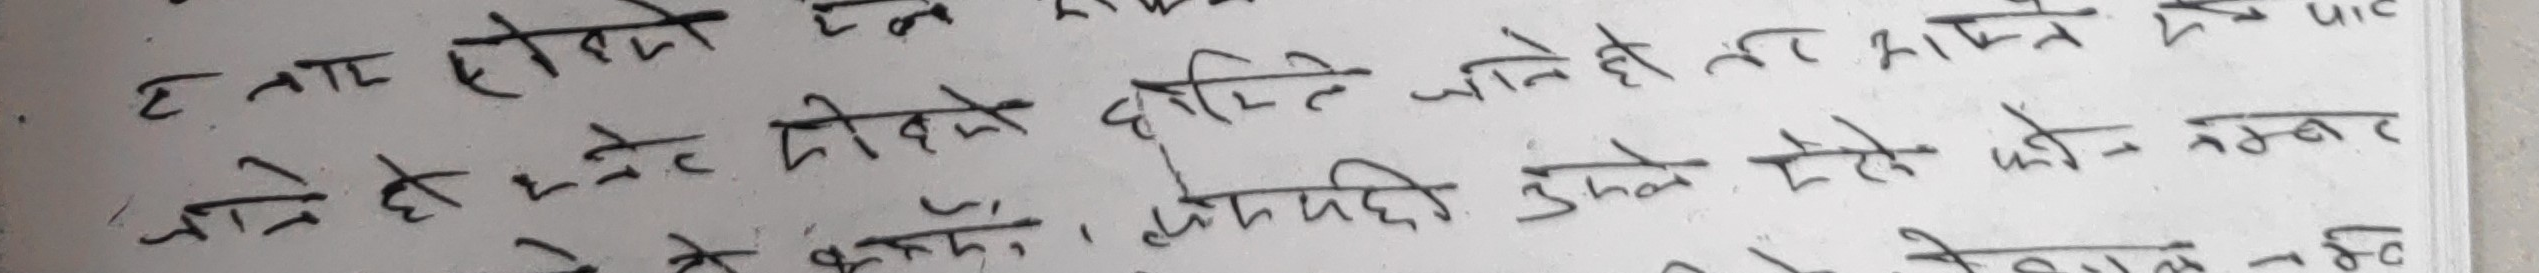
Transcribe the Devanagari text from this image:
ह नार हो भो हे जने टे दो को हेमिले जानी हो तो हामिले पा
जाने हो भने, कोहिपनि उस्ले केही को न नम्बर